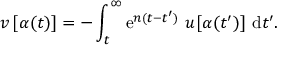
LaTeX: v \, [ \alpha ( t ) ] = - \int _ { t } ^ { \infty } \mathrm { e } ^ { n ( t - t ^ { \prime } ) } \, \, u [ \alpha ( t ^ { \prime } ) ] \, \, \mathrm { d } t ^ { \prime } .